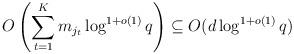
LaTeX: \begin{align*}O\left(\sum_{t=1}^K{m_{j_t}\log^{1+o(1)}{q}}\right)\subseteq O(d\log^{1+o(1)}{q})\end{align*}